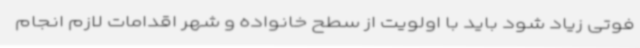
فوتی زیاد شود باید با اولویت از سطح خانواده و شهر اقدامات لازم انجام